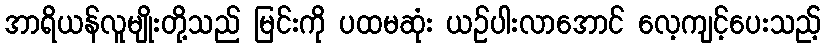
အာရိယန်လူမျိုးတို့သည် မြင်းကို ပထမဆုံး ယဉ်ပါးလာအောင် လေ့ကျင့်ပေးသည့်